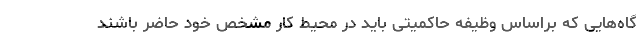
گاه‌هایی که براساس وظیفه حاکمیتی باید در محیط کار مشخص خود حاضر باشند